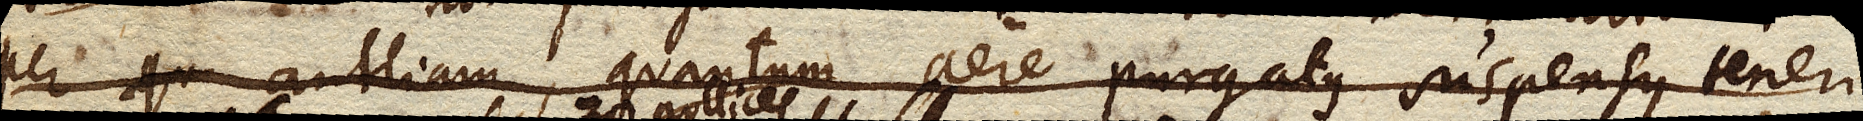
per antliam, quantum aere purgatus suspensus teneri